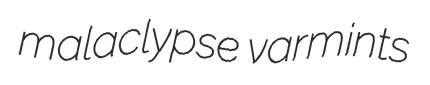
malaclypse varmints